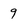
Character: 9